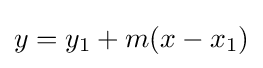
y=y_{1}+m(x-x_{1})